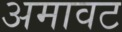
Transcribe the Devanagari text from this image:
अमावट